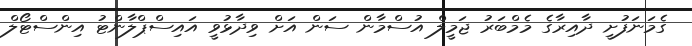
ގެމަނަފުށީ ދާއިރާގެ މެމްބަރު ޖަމީލް އުސްމާން ސަން އަށް ވިދާޅުވީ އައިސްޕްލާންޓު އިންސްޓޯލް